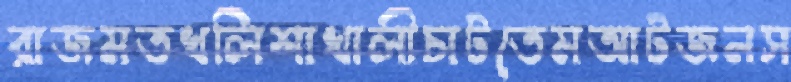
রাজমতখলিশাখালীচাটতেমআটজনস